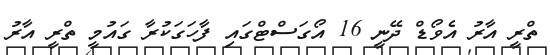
ތްރީ އާރު އެވޯޑް ދޭނީ 16 އޯގަސްޓްގައި ފާހަގަކުރާ ގައުމީ ތްރީ އާރު